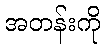
အတန်းကို